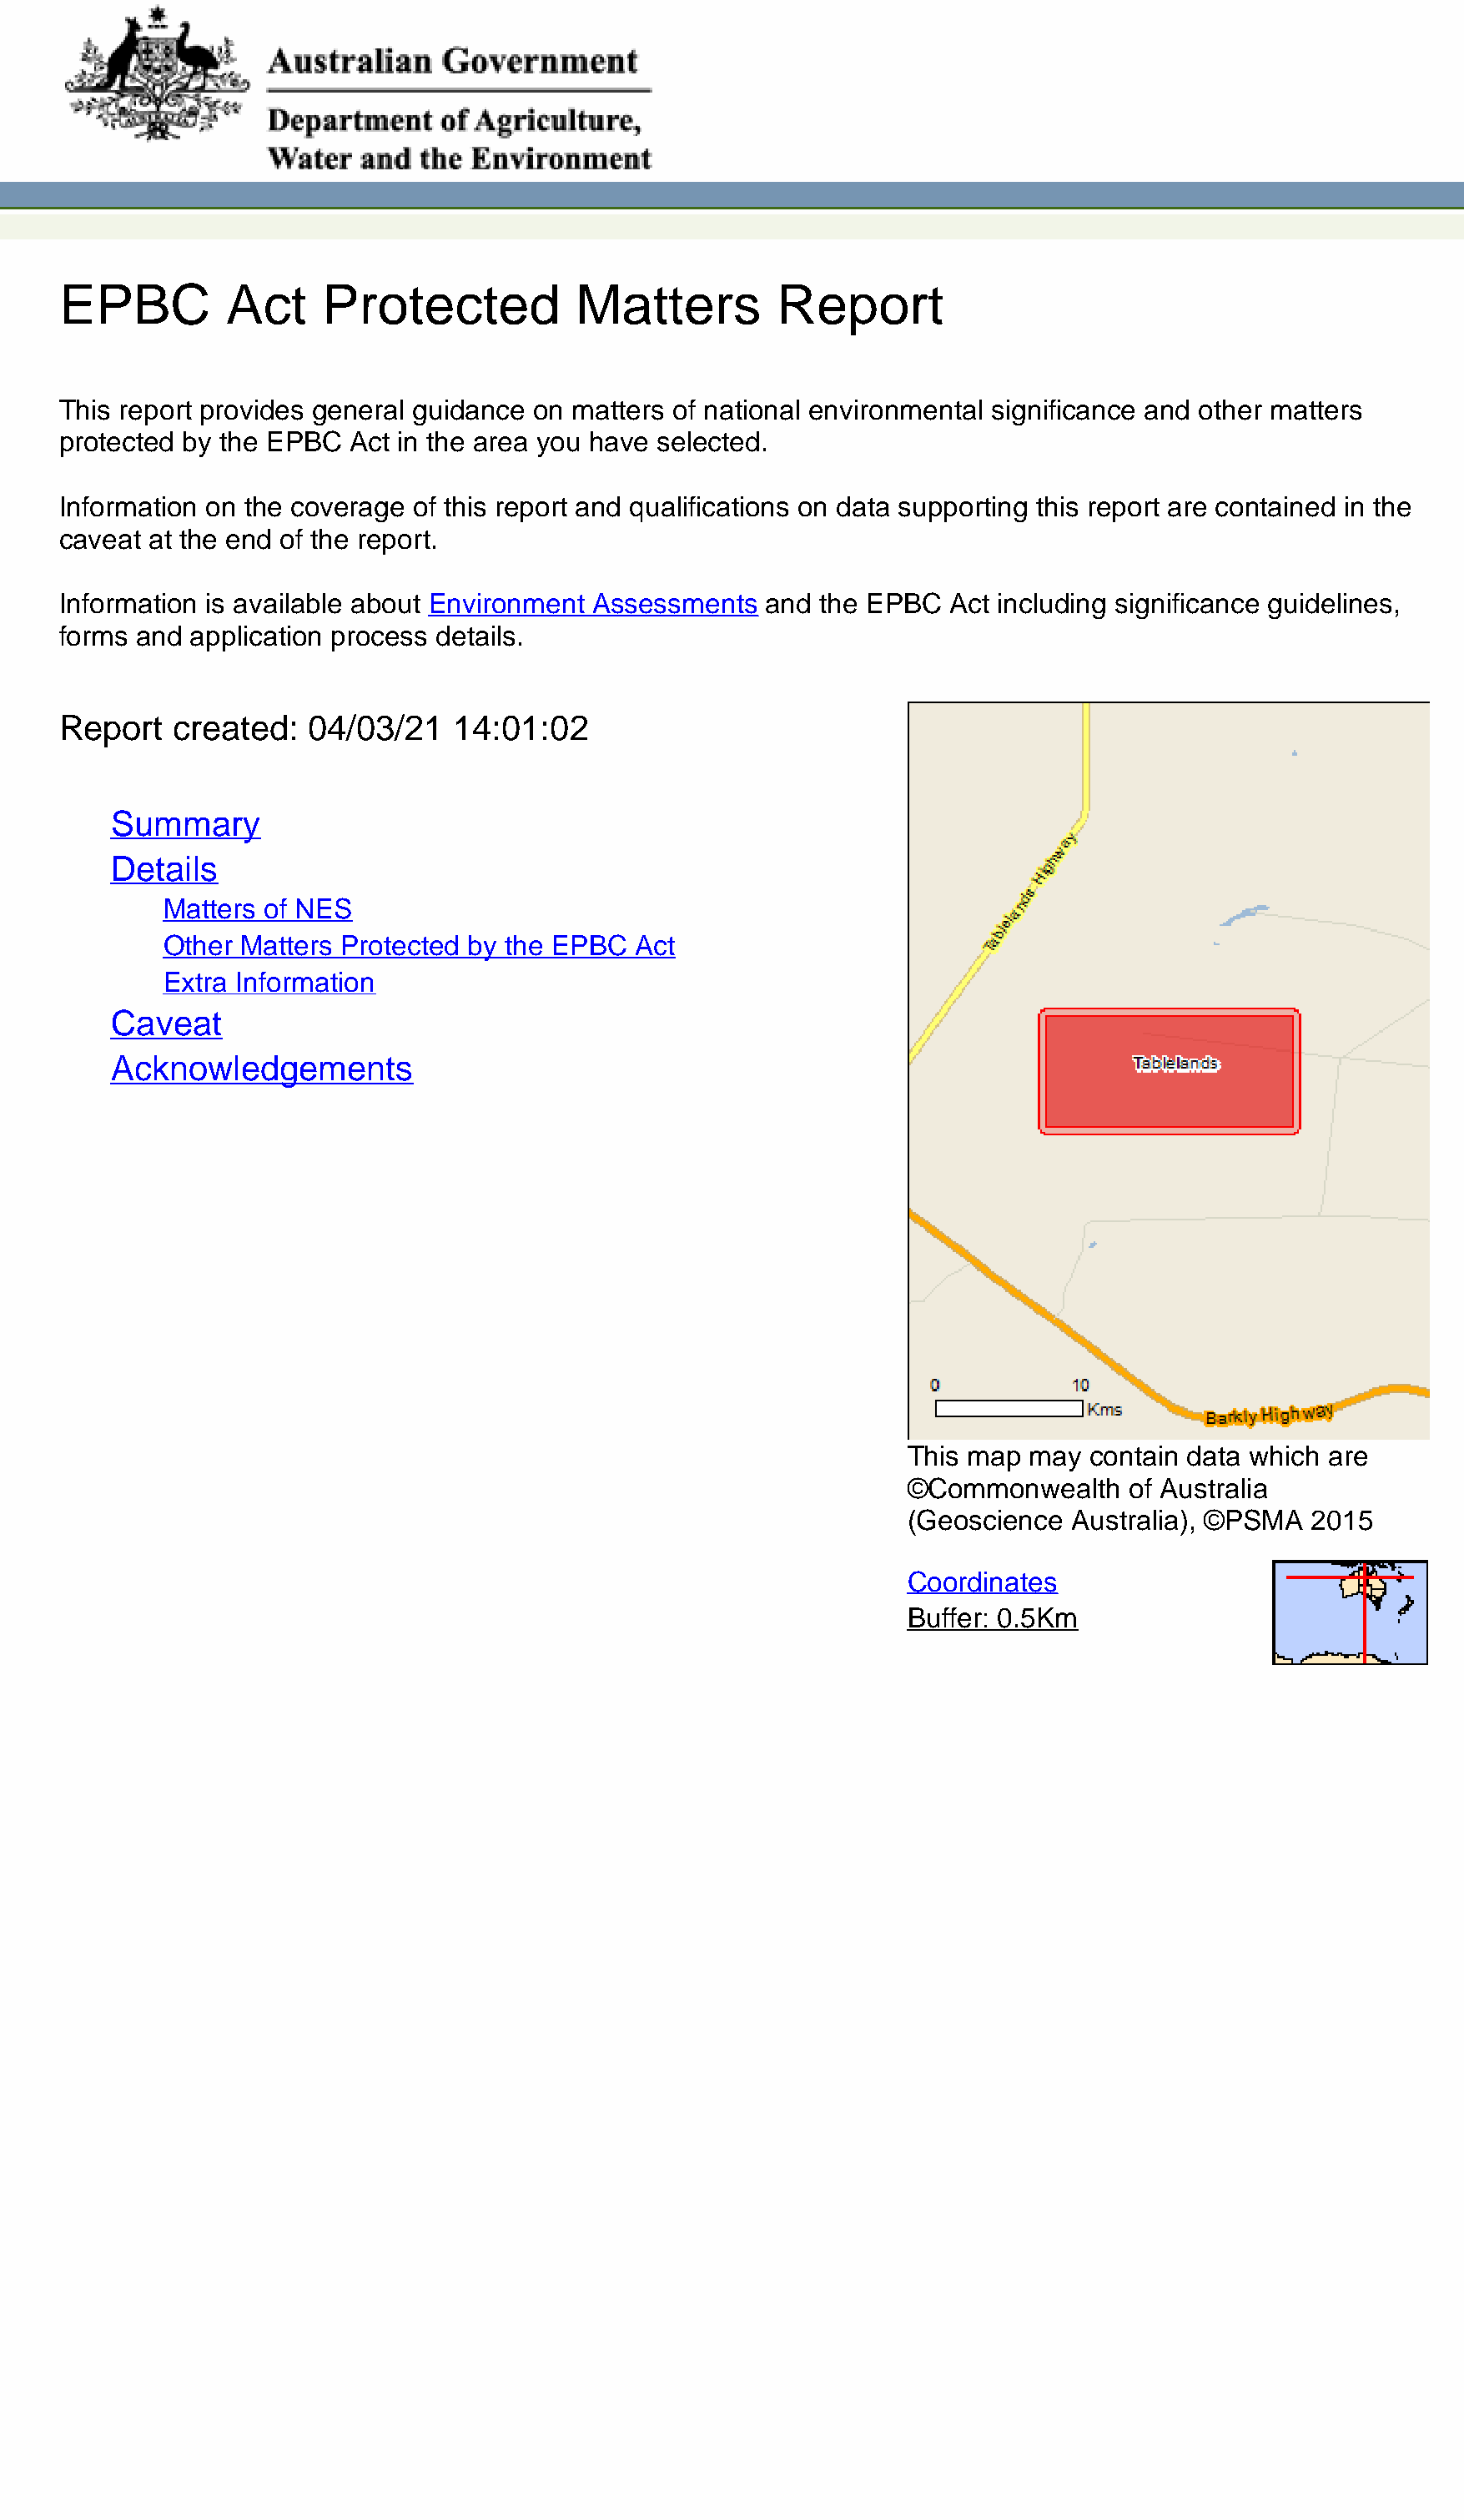
EPBC         Act     Protected           Matters         Report
 This report provides general guidance on matters of national environmental significance and other matters
 protected by the EPBC  Act in the area you have selected.
 Information on the coverage of this report and qualifications on data supporting this report are contained in the
 caveat at the end of the report.
 Information is available about Environment Assessments  and the EPBC  Act including significance guidelines,
 forms and application process details.
 Report   created:  04/03/21    14:01:02
 Summary
 Details
 Matters of NES
 Other Matters Protected by the EPBC  Act
 Extra Information
 Caveat
 Acknowledgements
 This map  may contain data which are
 ©Commonwealth     of Australia
 (Geoscience  Australia), ©PSMA  2015
 Coordinates
 Buffer: 0.5Km